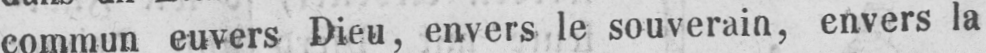
commun euvers Dieu, envers le souverain, envers la